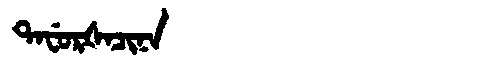
Manchu: ᡨᠠᠸᡠᡵᡧᠠᠴᡳᠨᠠ
Romanization: TAFURŠACINA